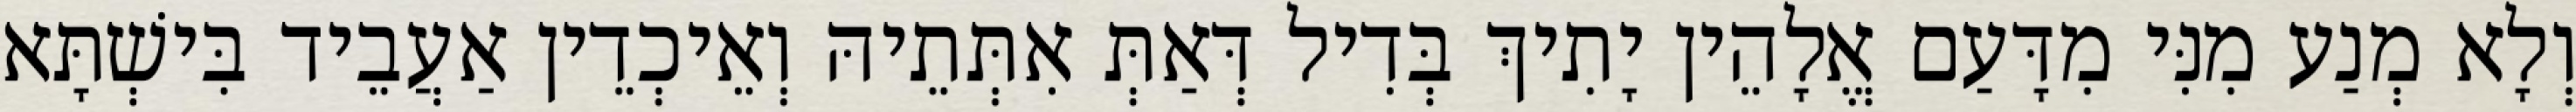
וְלָא מְנַע מִנִּי מִדָּעַם אֱלָהֵין יָתִיךְ בְּדִיל דְּאַתְּ אִתְּתֵיהּ וְאֵיכְדֵין אַעֲבֵיד בִּישְׁתָּא